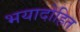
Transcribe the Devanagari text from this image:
भयादोहित